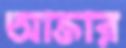
আক্তার